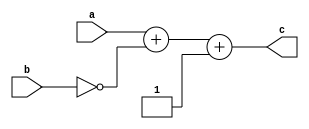
module substruct (input [31:0] a,b,
								  output [31:0] c);

assign c=a+~b+1;//NG Quartus 4.1/4.2 a-b
endmodule